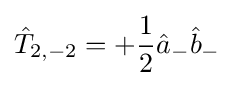
{\hat {T}}_{2,-2}=+{\frac {1}{2}}{\hat {a}}_{-}{\hat {b}}_{-}